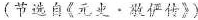
(节选自《元史▪敬俨传》)